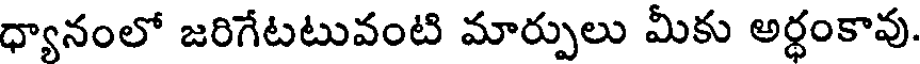
ధ్యానంలో జరిగేటటువంటి మార్పులు మీకు అర్ధంకావు.